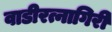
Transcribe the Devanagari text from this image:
वाडीरत्नागिरी